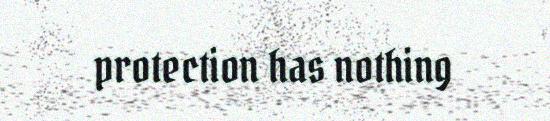
protection has nothing